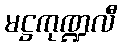
မဋ္ဌကုဏ္ဍလီ